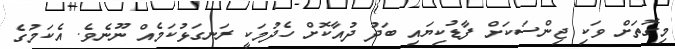
މިގޮތަށް ވަކި ޖިންސަކަށް ފާޑުކިޔައި ބަދު ދުއާކޮށް ހެދުމަކީ ރަނގަޅުކަމެއް ނޫނެވެ. އެކަމުގެ